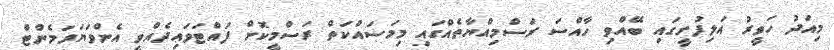
މިއަދު ހަވީރު އަލިފުށީގައި ބޭއްވި ހާއްސަ ރަސްމިއްޔާތެއްގައި މިމަސައްކަތް ރަސްމީކޮށް ފައްޓަވައިދެއްވީ އެންވަޔަރަމެންޓް